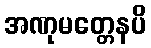
အဏုမတ္တေနပိ